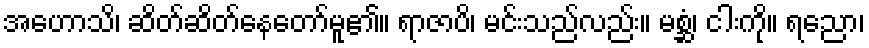
အဟောသိ၊ ဆိတ်ဆိတ်နေတော်မူ၏။ ရာဇာပိ၊ မင်းသည်လည်း။ မစ္ဆံ၊ ငါးကို။ ရညော၊